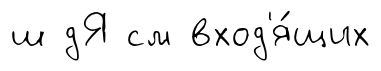
ш дЯ см вход'я́щих